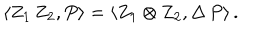
\langle Z _ { 1 } \, Z _ { 2 } , P \rangle = \langle Z _ { 1 } \otimes Z _ { 2 } , \Delta \, P \rangle \, .